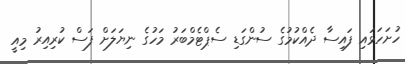
ހުށަހަޅައި ފައިސާ ދެއްކުމުގެ ސުންގަޑި ސެޕްޓެމްބަރު މަހުގެ ނިޔަލަށް ފަސް ކުރިއިރު މިއީ